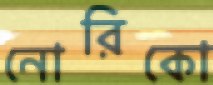
নোরিকো